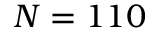
N = 1 1 0